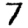
Digit: 7